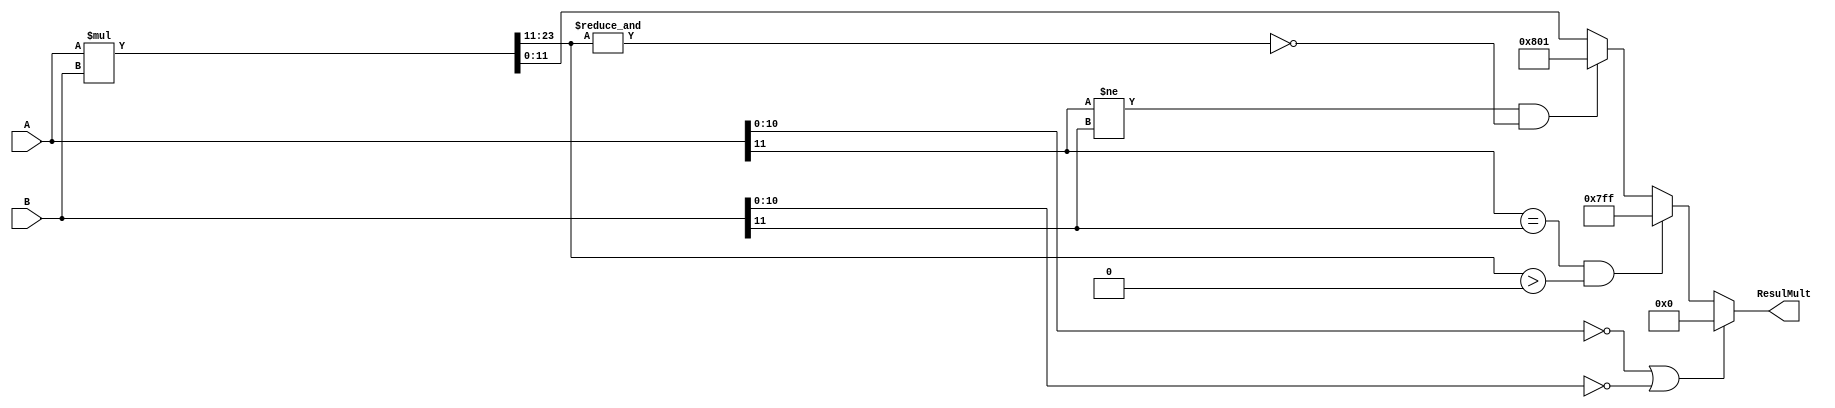
`timescale 1ns / 1ps
//////////////////////////////////////////////////////////////////////////////////
// Company: 
// Engineer: 
// 
// Design Name: 
// Module Name:    Multiplicador 
// Project Name: 
// Target Devices: 
// Tool versions: 
// Description: 
//
// Dependencies: 
//
// Revision: 
// Revision 0.01 - File Created
// Additional Comments: 
//
//////////////////////////////////////////////////////////////////////////////////
module Multip #(parameter N=12, sign=1, decim=0, magn=N-decim-sign) (

	input signed [N-1:0] A,B,
	output reg signed [N-1:0] ResulMult
	
    );
	 
reg signed[2*N-1:0]Aux;
reg overflow, underflow;	
 
localparam [N:0] 
				SatMax = (2**(N-1)-1),
				SatMin = (2**(N-1)+1);

always @*
	begin
		Aux =A*B;
		
		if ((A[N-2:0] == 0) || (B[N-2:0] == 0))
			ResulMult = 0;
			
		else
			begin
				if ((A[N-1] == B[N-1]) && ((Aux[2*N-1:(magn+decim+decim)] > 0)))
					ResulMult = SatMax;
					
				else if  ((A[N-1] != B[N-1]) && (~(&(Aux[2*N-1:(magn+decim+decim)])) == 1'b1))	
					ResulMult = SatMin;
					
				else	
					ResulMult = Aux[2*N-2-magn:decim];
			    
			end
	end
	
endmodule